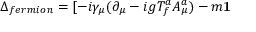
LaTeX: \Delta _ { f e r m i o n } = [ - i \gamma _ { \mu } ( \partial _ { \mu } - i g T _ { f } ^ { a } A _ { \mu } ^ { a } ) - m { \bf 1 }